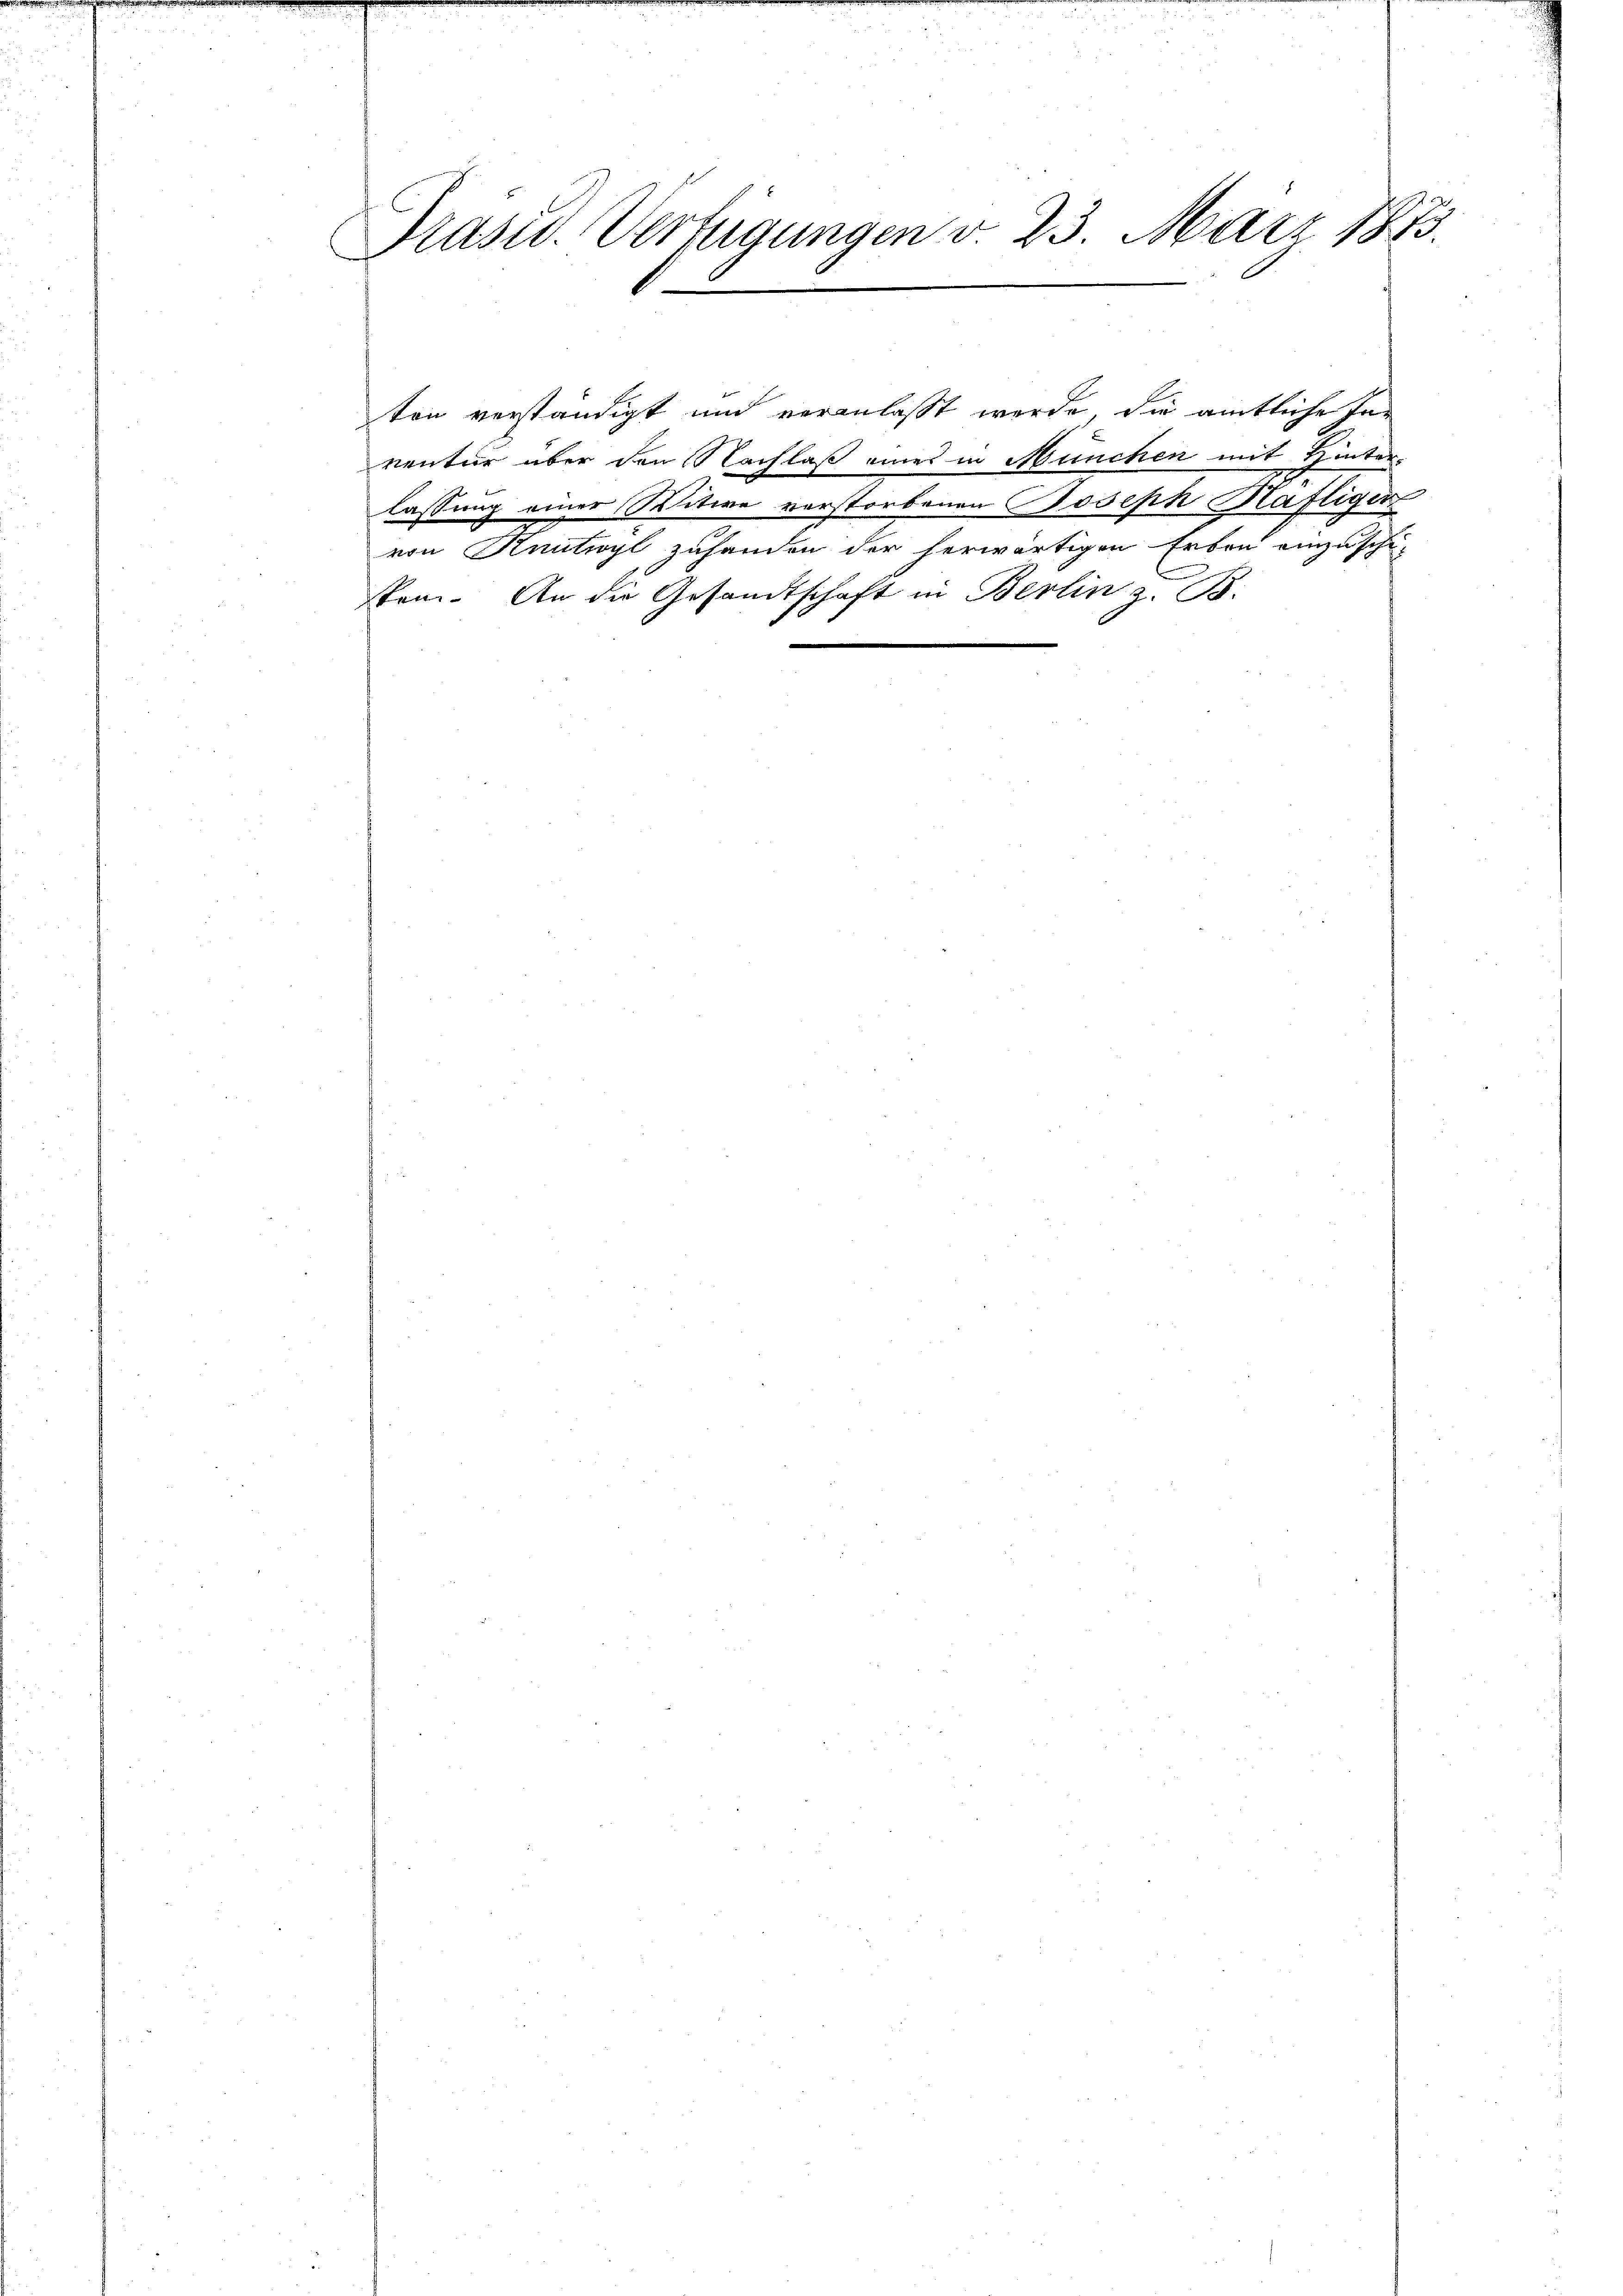
Präsid. Verfügungen d. 23. März 1873.
.
e

ton verständigt und veranlaßt worde, die amtliche Inventur über den Nachlaß eines in München mit Hinter-
lassung einer Witwe vorstorbenen Joseph Häfliger
von Kautwyl zuhanden der herwärtigen Erben einzuschisem. An die Gesandtschaft in Berlin z. B.